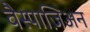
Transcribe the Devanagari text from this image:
वैस्पाज़िअन